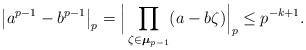
LaTeX: \begin{align*} \big|a^{p-1}- b^{p-1}\big|_p = \Big| \prod_{\zeta\in \boldsymbol{\mu}_{p-1}} (a-b\zeta) \Big|_p \leq p^{-k+1}.\end{align*}